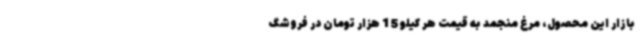
بازار این محصول، مرغ منجمد به قیمت هر کیلو 15 هزار تومان در فروشگ